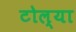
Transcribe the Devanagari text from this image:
टोल्या